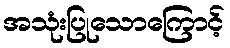
အသုံးပြုသောကြောင့်